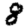
Digit: 8